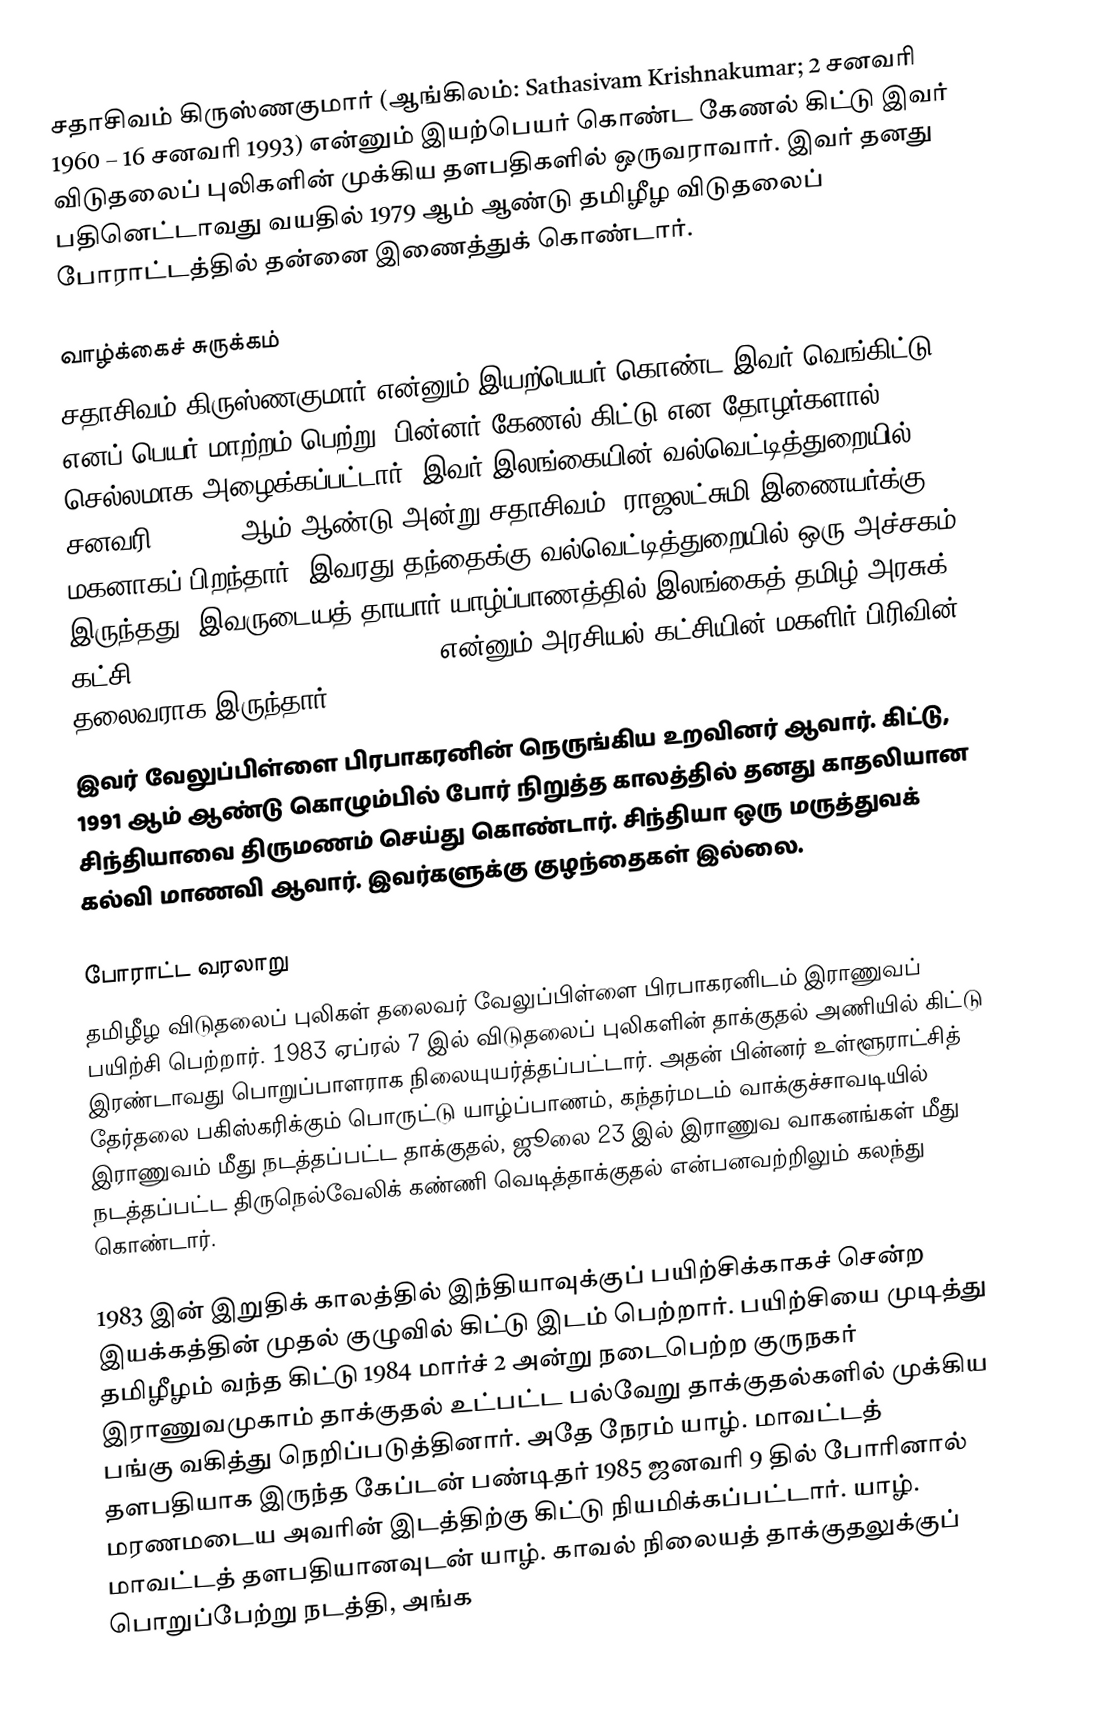
சதாசிவம் கிருஸ்ணகுமார் (ஆங்கிலம்: Sathasivam Krishnakumar; 2 சனவரி 1960 – 16 சனவரி 1993) என்னும் இயற்பெயர் கொண்ட கேணல் கிட்டு இவர் விடுதலைப் புலிகளின் முக்கிய தளபதிகளில் ஒருவராவார். இவர் தனது பதினெட்டாவது வயதில் 1979 ஆம் ஆண்டு தமிழீழ விடுதலைப் போராட்டத்தில் தன்னை இணைத்துக் கொண்டார்.

வாழ்க்கைச் சுருக்கம்
சதாசிவம் கிருஸ்ணகுமார் என்னும் இயற்பெயர் கொண்ட இவர் வெங்கிட்டு எனப் பெயர் மாற்றம் பெற்று, பின்னர் கேணல் கிட்டு என தோழர்களால் செல்லமாக அழைக்கப்பட்டார். இவர் இலங்கையின் வல்வெட்டித்துறையில் சனவரி 2, 1960 ஆம் ஆண்டு அன்று சதாசிவம், ராஜலட்சுமி இணையர்க்கு மகனாகப் பிறந்தார். இவரது தந்தைக்கு வல்வெட்டித்துறையில் ஒரு அச்சகம் இருந்தது. இவருடையத் தாயார் யாழ்ப்பாணத்தில் இலங்கைத் தமிழ் அரசுக் கட்சி (Ilankai Thamil Arasu Kadchi) என்னும் அரசியல் கட்சியின் மகளிர் பிரிவின் தலைவராக இருந்தார்.
இவர் வேலுப்பிள்ளை பிரபாகரனின் நெருங்கிய உறவினர் ஆவார். கிட்டு, 1991 ஆம் ஆண்டு கொழும்பில் போர் நிறுத்த காலத்தில் தனது காதலியான சிந்தியாவை திருமணம் செய்து கொண்டார். சிந்தியா ஒரு மருத்துவக் கல்வி மாணவி ஆவார். இவர்களுக்கு குழந்தைகள் இல்லை.

போராட்ட வரலாறு
தமிழீழ விடுதலைப் புலிகள் தலைவர் வேலுப்பிள்ளை பிரபாகரனிடம் இராணுவப் பயிற்சி பெற்றார். 1983 ஏப்ரல் 7 இல் விடுதலைப் புலிகளின் தாக்குதல் அணியில் கிட்டு இரண்டாவது பொறுப்பாளராக நிலையுயர்த்தப்பட்டார். அதன் பின்னர் உள்ளூராட்சித் தேர்தலை பகிஸ்கரிக்கும் பொருட்டு யாழ்ப்பாணம், கந்தர்மடம் வாக்குச்சாவடியில் இராணுவம் மீது நடத்தப்பட்ட தாக்குதல், ஜூலை 23 இல் இராணுவ வாகனங்கள் மீது நடத்தப்பட்ட திருநெல்வேலிக் கண்ணி வெடித்தாக்குதல் என்பனவற்றிலும் கலந்து கொண்டார்.

1983 இன் இறுதிக் காலத்தில் இந்தியாவுக்குப் பயிற்சிக்காகச் சென்ற இயக்கத்தின் முதல் குழுவில் கிட்டு இடம் பெற்றார். பயிற்சியை முடித்து தமிழீழம் வந்த கிட்டு 1984 மார்ச் 2 அன்று நடைபெற்ற குருநகர் இராணுவமுகாம் தாக்குதல் உட்பட்ட பல்வேறு தாக்குதல்களில் முக்கிய பங்கு வகித்து நெறிப்படுத்தினார். அதே நேரம் யாழ். மாவட்டத் தளபதியாக இருந்த கேப்டன் பண்டிதர் 1985 ஜனவரி 9 தில் போரினால் மரணமடைய அவரின் இடத்திற்கு கிட்டு நியமிக்கப்பட்டார். யாழ். மாவட்டத் தளபதியானவுடன் யாழ். காவல் நிலையத் தாக்குதலுக்குப் பொறுப்பேற்று நடத்தி, அங்க